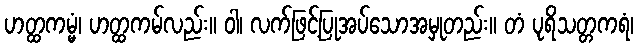
ဟတ္ထကမ္မံ၊ ဟတ္ထကမ်လည်း။ ဝါ၊ လက်ဖြင့်ပြုအပ်သောအမှုတည်း။ တံ ပုရိသတ္တကရံ၊